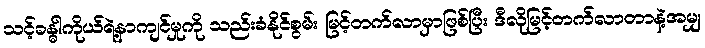
သင့်ခန္ဓါကိုယ်ရဲ့နာကျင်မှုကို သည်းခံနိုင်စွမ်း မြင့်တက်လာမှာဖြစ်ပြီး ဒီလိုမြင့်တက်လာတာနဲ့အမျှ